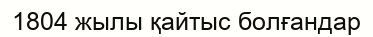
1804 жылы қайтыс болғандар